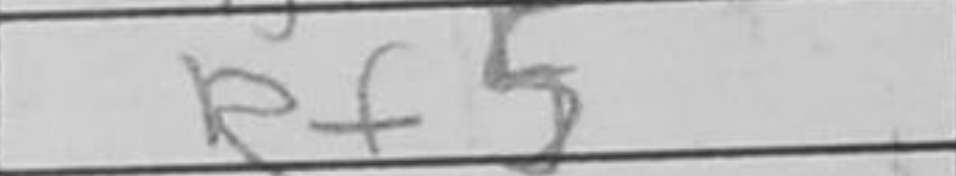
Transcription: b3